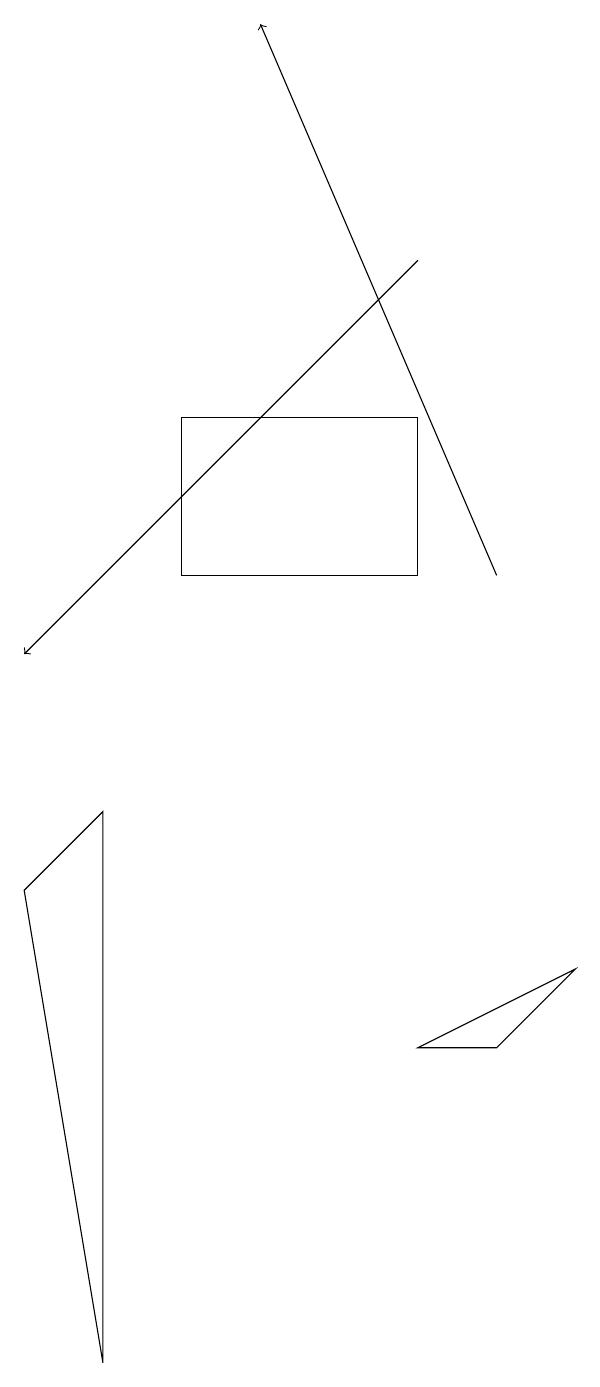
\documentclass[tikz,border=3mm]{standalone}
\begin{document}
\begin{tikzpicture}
\draw (3,11) rectangle (6,13);
\draw (6,5) -- (8,6) -- (7,5) -- cycle;
\draw[->] (6,15) -- (1,10);
\draw (2,8) -- (1,7) -- (2,1) -- cycle;
\draw[->] (7,11) -- (4,18);
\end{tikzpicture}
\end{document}